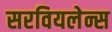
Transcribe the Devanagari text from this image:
सरवियलेन्स